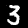
Digit: 3